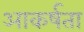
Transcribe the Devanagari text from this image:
आकर्षता